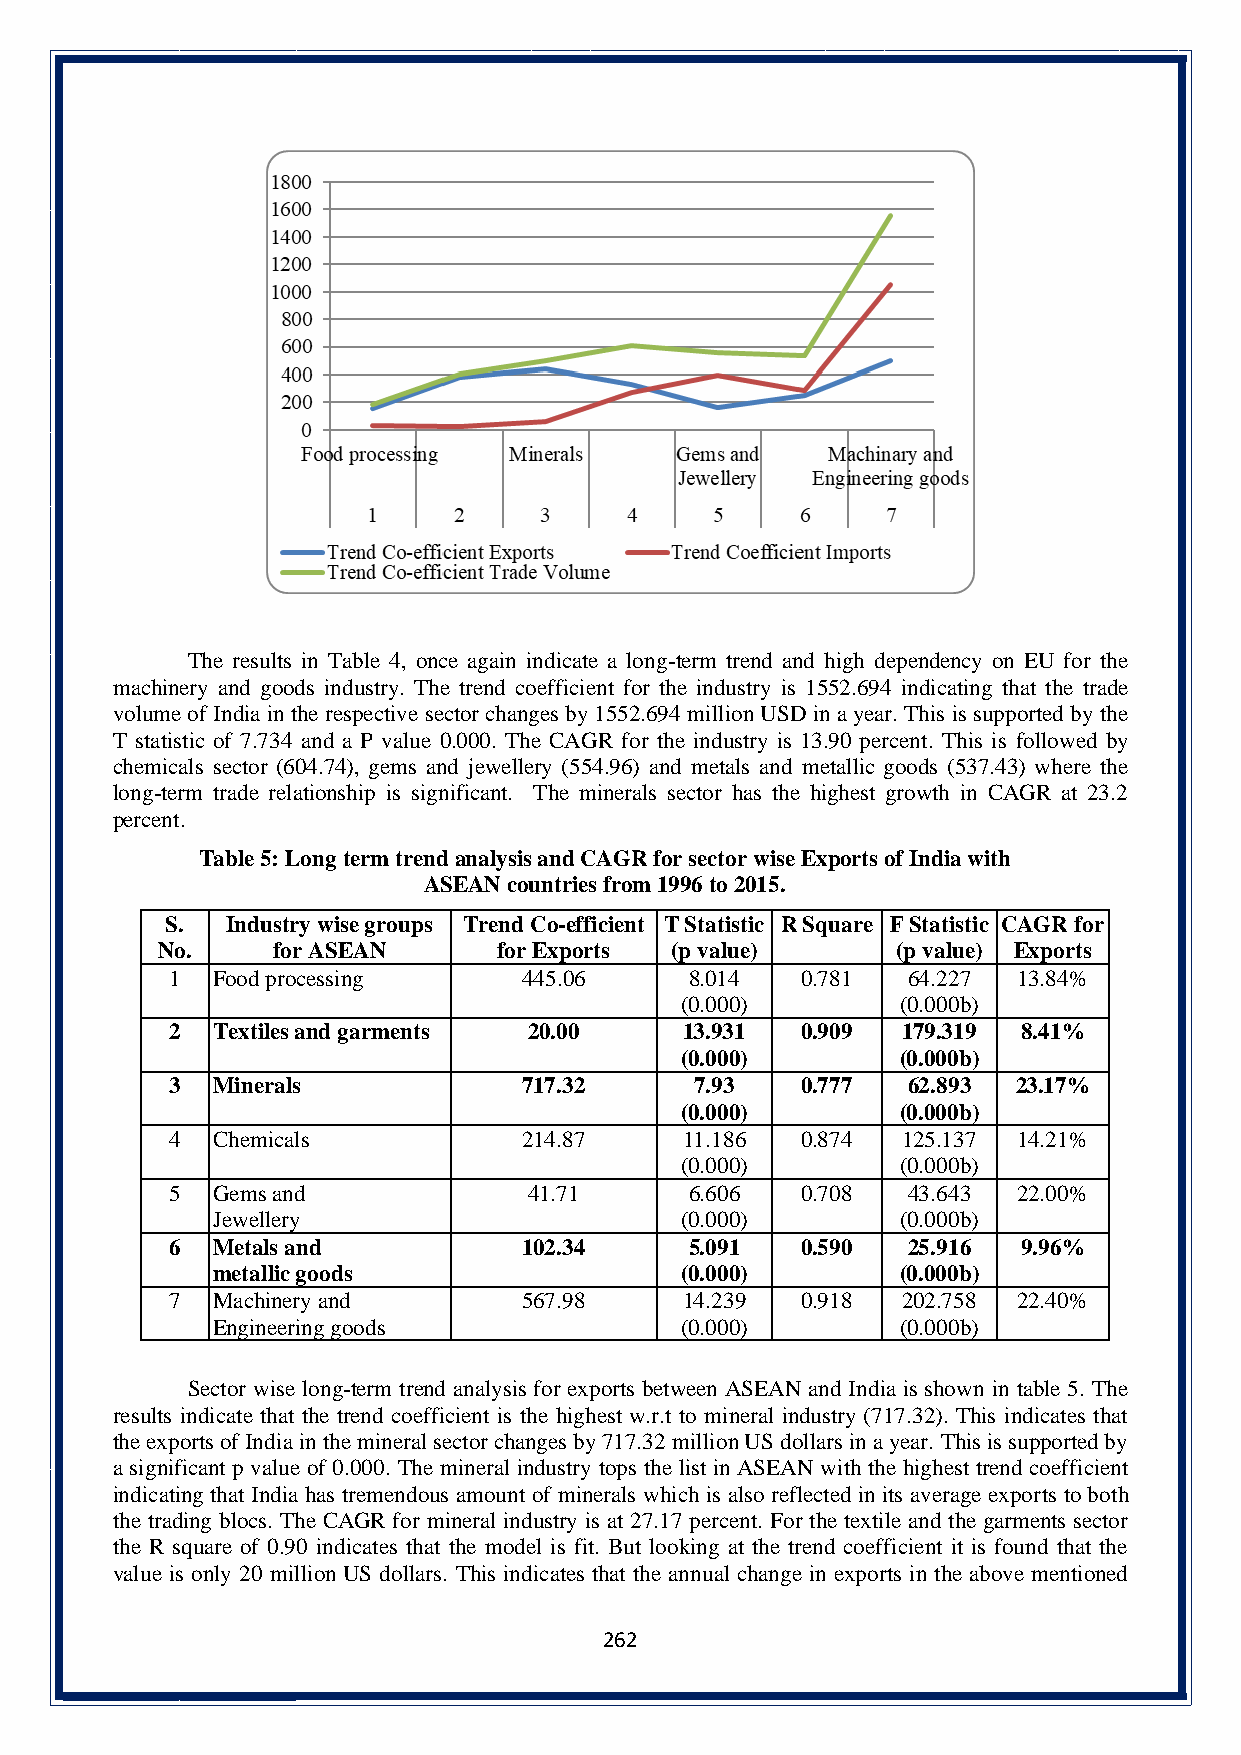
The results in Table 4, once again indicate a long-term trend and high dependency on EU for the
 machinery and goods industry. The trend coefficient for the industry is 1552.694 indicating that the trade
 volume of India in the respective sector changes by 1552.694 million USD in a year. This is supported by the
 T statistic of 7.734 and a P value 0.000. The CAGR for the industry is 13.90 percent. This is followed by
 chemicals sector (604.74), gems and jewellery (554.96) and metals and metallic goods (537.43) where the
 long-term trade relationship is significant. The minerals sector has the highest growth in CAGR at 23.2
 percent.
 Table 5: Long term trend analysis and CAGR for sector wise Exports of India with
 ASEAN countries from 1996 to 2015.
 S.  Industry wise groups Trend Co-efficient T Statistic R Square F Statistic CAGR for
 No.     for ASEAN      for Exports (p value)     (p value) Exports
 1  Food processing      445.06     8.014  0.781  64.227 13.84%
 (0.000)        (0.000b)
 2  Textiles and garments 20.00    13.931  0.909  179.319 8.41%
 (0.000)        (0.000b)
 3  Minerals             717.32     7.93   0.777  62.893 23.17%
 (0.000)        (0.000b)
 4  Chemicals            214.87    11.186  0.874  125.137 14.21%
 (0.000)        (0.000b)
 5  Gems and             41.71      6.606  0.708  43.643 22.00%
 Jewellery                      (0.000)        (0.000b)
 6  Metals and           102.34     5.091  0.590  25.916  9.96%
 metallic goods                 (0.000)        (0.000b)
 7  Machinery and        567.98    14.239  0.918  202.758 22.40%
 Engineering goods              (0.000)        (0.000b)
 Sector wise long-term trend analysis for exports between ASEAN and India is shown in table 5. The
 results indicate that the trend coefficient is the highest w.r.t to mineral industry (717.32). This indicates that
 the exports of India in the mineral sector changes by 717.32 million US dollars in a year. This is supported by
 a significant p value of 0.000. The mineral industry tops the list in ASEAN with the highest trend coefficient
 indicating that India has tremendous amount of minerals which is also reflected in its average exports to both
 the trading blocs. The CAGR for mineral industry is at 27.17 percent. For the textile and the garments sector
 the R square of 0.90 indicates that the model is fit. But looking at the trend coefficient it is found that the
 value is only 20 million US dollars. This indicates that the annual change in exports in the above mentioned
 262